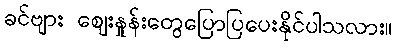
ခင်ဗျား ဈေးနှုန်းတွေပြောပြပေးနိုင်ပါသလား။